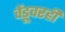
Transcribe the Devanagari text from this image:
चेंडूवरही